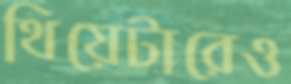
থিয়েটারেও